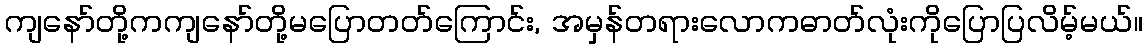
ကျနော်တို့ကကျနော်တို့မပြောတတ်ကြောင်း, အမှန်တရားလောကဓာတ်လုံးကိုပြောပြလိမ့်မယ်။